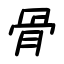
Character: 骨